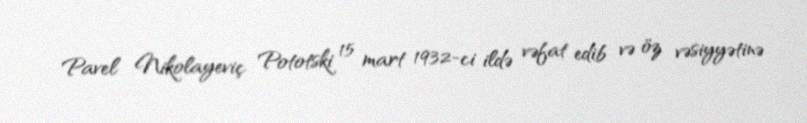
Pavel Nikolayeviç Pototski 15 mart 1932-ci ildə vəfat edib və öz vəsiyyətinə